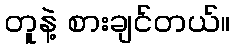
တူနဲ့ စားချင်တယ်။